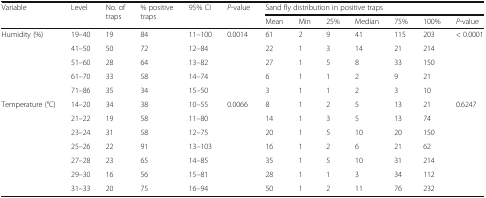
<table><thead><tr><td rowspan="2"><b>Variable</b></td><td rowspan="2"><b>Level</b></td><td rowspan="2"><b>No. of traps</b></td><td rowspan="2"><b>% positive traps</b></td><td rowspan="2"><b>95% CI</b></td><td rowspan="2"><b><i>P</i>-value</b></td><td colspan="7"><b>Sand fly distribution in positive traps</b></td></tr><tr><td><b>Mean</b></td><td><b>Min</b></td><td><b>25%</b></td><td><b>Median</b></td><td><b>75%</b></td><td><b>100%</b></td><td><b><i>P</i>-value</b></td></tr></thead><tbody><tr><td rowspan="5">Humidity (%)</td><td>19–40</td><td>19</td><td>84</td><td>11–100</td><td>0.0014</td><td>61</td><td>2</td><td>9</td><td>41</td><td>115</td><td>203</td><td>&lt; 0.0001</td></tr><tr><td>41–50</td><td>50</td><td>72</td><td>12–84</td><td></td><td>22</td><td>1</td><td>3</td><td>14</td><td>21</td><td>214</td><td></td></tr><tr><td>51–60</td><td>28</td><td>64</td><td>13–82</td><td></td><td>27</td><td>1</td><td>5</td><td>8</td><td>33</td><td>150</td><td></td></tr><tr><td>61–70</td><td>33</td><td>58</td><td>14–74</td><td></td><td>6</td><td>1</td><td>1</td><td>2</td><td>9</td><td>21</td><td></td></tr><tr><td>71–86</td><td>35</td><td>34</td><td>15–50</td><td></td><td>3</td><td>1</td><td>1</td><td>2</td><td>3</td><td>10</td><td></td></tr><tr><td rowspan="7">Temperature (°C)</td><td>14–20</td><td>34</td><td>38</td><td>10–55</td><td>0.0066</td><td>8</td><td>1</td><td>2</td><td>5</td><td>13</td><td>21</td><td>0.6247</td></tr><tr><td>21–22</td><td>19</td><td>58</td><td>11–80</td><td></td><td>14</td><td>1</td><td>3</td><td>5</td><td>13</td><td>74</td><td></td></tr><tr><td>23–24</td><td>31</td><td>58</td><td>12–75</td><td></td><td>20</td><td>1</td><td>5</td><td>10</td><td>20</td><td>150</td><td></td></tr><tr><td>25–26</td><td>22</td><td>91</td><td>13–103</td><td></td><td>16</td><td>1</td><td>2</td><td>6</td><td>21</td><td>62</td><td></td></tr><tr><td>27–28</td><td>23</td><td>65</td><td>14–85</td><td></td><td>35</td><td>1</td><td>5</td><td>10</td><td>31</td><td>214</td><td></td></tr><tr><td>29–30</td><td>16</td><td>56</td><td>15–81</td><td></td><td>28</td><td>1</td><td>1</td><td>3</td><td>34</td><td>112</td><td></td></tr><tr><td>31–33</td><td>20</td><td>75</td><td>16–94</td><td></td><td>50</td><td>1</td><td>2</td><td>11</td><td>76</td><td>232</td><td></td></tr></tbody></table>